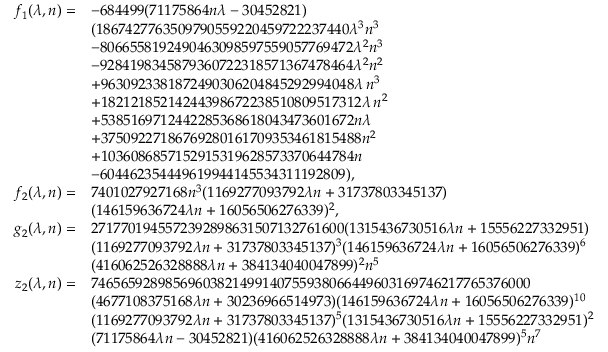
\begin{array} { r l } { f _ { 1 } ( \lambda , n ) = } & { - 6 8 4 4 9 9 ( 7 1 1 7 5 8 6 4 n \lambda - 3 0 4 5 2 8 2 1 ) } \\ & { ( 1 8 6 7 4 2 7 7 6 3 5 0 9 7 9 0 5 5 9 2 2 0 4 5 9 7 2 2 2 3 7 4 4 0 \lambda ^ { 3 } n ^ { 3 } } \\ & { - 8 0 6 6 5 5 8 1 9 2 4 9 0 4 6 3 0 9 8 5 9 7 5 5 9 0 5 7 7 6 9 4 7 2 \lambda ^ { 2 } n ^ { 3 } } \\ & { - 9 2 8 4 1 9 8 3 4 5 8 7 9 3 6 0 7 2 2 3 1 8 5 7 1 3 6 7 4 7 8 4 6 4 \lambda ^ { 2 } n ^ { 2 } } \\ & { + 9 6 3 0 9 2 3 3 8 1 8 7 2 4 9 0 3 0 6 2 0 4 8 4 5 2 9 2 9 9 4 0 4 8 \lambda \, n ^ { 3 } } \\ & { + 1 8 2 1 2 1 8 5 2 1 4 2 4 4 3 9 8 6 7 2 2 3 8 5 1 0 8 0 9 5 1 7 3 1 2 \lambda \, n ^ { 2 } } \\ & { + 5 3 8 5 1 6 9 7 1 2 4 4 2 2 8 5 3 6 8 6 1 8 0 4 3 4 7 3 6 0 1 6 7 2 n \lambda } \\ & { + 3 7 5 0 9 2 2 7 1 8 6 7 6 9 2 8 0 1 6 1 7 0 9 3 5 3 4 6 1 8 1 5 4 8 8 n ^ { 2 } } \\ & { + 1 0 3 6 0 8 6 8 5 7 1 5 2 9 1 5 3 1 9 6 2 8 5 7 3 3 7 0 6 4 4 7 8 4 n } \\ & { - 6 0 4 4 6 2 3 5 4 4 4 9 6 1 9 9 4 4 1 4 5 5 3 4 3 1 1 1 9 2 8 0 9 ) , } \\ { f _ { 2 } ( \lambda , n ) = } & { 7 4 0 1 0 2 7 9 2 7 1 6 8 n ^ { 3 } ( 1 1 6 9 2 7 7 0 9 3 7 9 2 \lambda n + 3 1 7 3 7 8 0 3 3 4 5 1 3 7 ) } \\ & { ( 1 4 6 1 5 9 6 3 6 7 2 4 \lambda n + 1 6 0 5 6 5 0 6 2 7 6 3 3 9 ) ^ { 2 } , } \\ { g _ { 2 } ( \lambda , n ) = } & { 2 7 1 7 7 0 1 9 4 5 5 7 2 3 9 2 8 9 8 6 3 1 5 0 7 1 3 2 7 6 1 6 0 0 ( 1 3 1 5 4 3 6 7 3 0 5 1 6 \lambda n + 1 5 5 5 6 2 2 7 3 3 2 9 5 1 ) } \\ & { ( 1 1 6 9 2 7 7 0 9 3 7 9 2 \lambda n + 3 1 7 3 7 8 0 3 3 4 5 1 3 7 ) ^ { 3 } ( 1 4 6 1 5 9 6 3 6 7 2 4 \lambda n + 1 6 0 5 6 5 0 6 2 7 6 3 3 9 ) ^ { 6 } } \\ & { ( 4 1 6 0 6 2 5 2 6 3 2 8 8 8 8 \lambda n + 3 8 4 1 3 4 0 4 0 0 4 7 8 9 9 ) ^ { 2 } n ^ { 5 } } \\ { z _ { 2 } ( \lambda , n ) = } & { 7 4 6 5 6 5 9 2 8 9 8 5 6 9 6 0 3 8 2 1 4 9 9 1 4 0 7 5 5 9 3 8 0 6 6 4 4 9 6 0 3 1 6 9 7 4 6 2 1 7 7 6 5 3 7 6 0 0 0 } \\ & { ( 4 6 7 7 1 0 8 3 7 5 1 6 8 \lambda n + 3 0 2 3 6 9 6 6 5 1 4 9 7 3 ) ( 1 4 6 1 5 9 6 3 6 7 2 4 \lambda n + 1 6 0 5 6 5 0 6 2 7 6 3 3 9 ) ^ { 1 0 } } \\ & { ( 1 1 6 9 2 7 7 0 9 3 7 9 2 \lambda n + 3 1 7 3 7 8 0 3 3 4 5 1 3 7 ) ^ { 5 } ( 1 3 1 5 4 3 6 7 3 0 5 1 6 \lambda n + 1 5 5 5 6 2 2 7 3 3 2 9 5 1 ) ^ { 2 } } \\ & { ( 7 1 1 7 5 8 6 4 \lambda n - 3 0 4 5 2 8 2 1 ) ( 4 1 6 0 6 2 5 2 6 3 2 8 8 8 8 \lambda n + 3 8 4 1 3 4 0 4 0 0 4 7 8 9 9 ) ^ { 5 } n ^ { 7 } } \end{array}